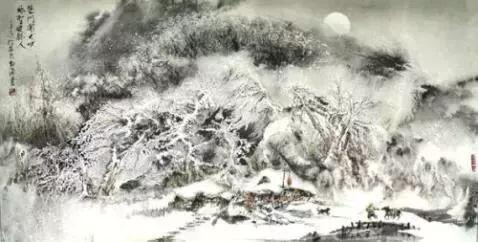
寂寂柴门村落里，也教插柳记年华。